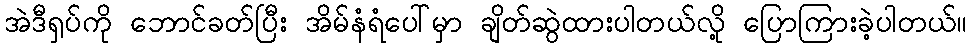
အဲဒီရှပ်ကို ဘောင်ခတ်ပြီး အိမ်နံရံပေါ်မှာ ချိတ်ဆွဲထားပါတယ်လို့ ပြောကြားခဲ့ပါတယ်။